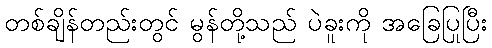
တစ်ချိန်တည်းတွင် မွန်တို့သည် ပဲခူးကို အခြေပြုပြီး